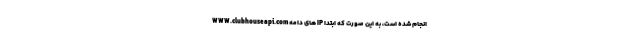
انجام شده است، به این صورت که ابتدا IP های دامه WWW.clubhouseapi.com